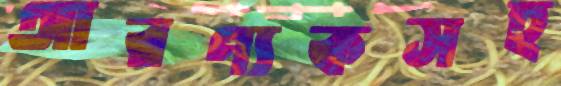
আরণ্যকসহ